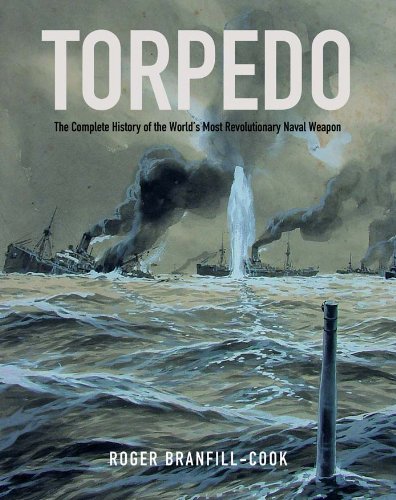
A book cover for Torpedo: The Complete History of the World's Most Revolutionary Naval Weapon; Roger Branfill-Cook; Arts & Photography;